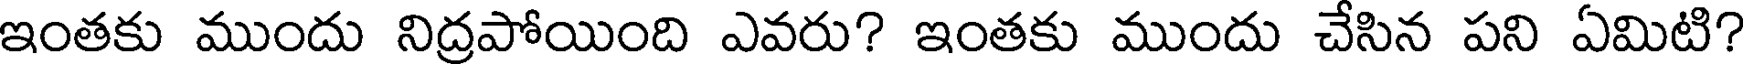
ఇంతకు ముందు నిద్రపోయింది ఎవరు? ఇంతకు ముందు చేసిన పని ఏమిటి?